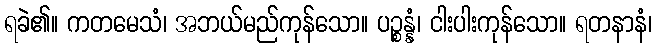
ရခဲ၏။ ကတမေသံ၊ အဘယ်မည်ကုန်သော။ ပဉ္စန္နံ၊ ငါးပါးကုန်သော။ ရတနာနံ၊